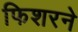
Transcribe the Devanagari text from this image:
फिशरने